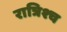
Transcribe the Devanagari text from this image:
रात्रिश्च